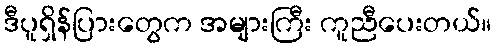
ဒီပူရှိန်ပြားတွေက အများကြီး ကူညီပေးတယ်။